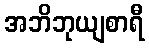
အဘိဘုယျစာရီ